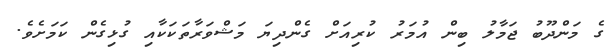
ގެ މަންދޫބު ޖަމާލު ބިން އުމަރު ކުރިއަށް ގެންދިޔަ މަޝްވަރާތަކަކާއި ގުޅިގެން ކަމަށެވެ.